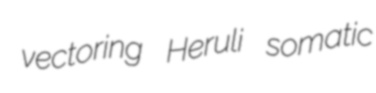
vectoring Heruli somatic